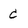
Character: c